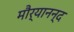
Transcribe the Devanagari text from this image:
मौर्यानन्द